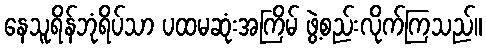
နေသူရိန်ဘုံရိပ်သာ ပထမဆုံးအကြိမ် ဖွဲ့စည်းလိုက်ကြသည်။